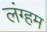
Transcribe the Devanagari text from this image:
लंग्हम